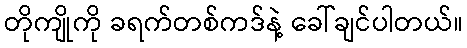
တိုကျိုကို ခရက်တစ်ကဒ်နဲ့ ခေါ်ချင်ပါတယ်။